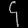
Digit: ၄